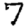
Digit: 7